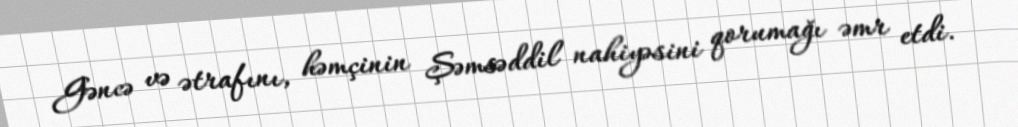
Gəncə və ətrafını, həmçinin Şəmsəddil nahiyəsini qorumağı əmr etdi.